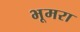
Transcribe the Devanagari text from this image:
भूमरा